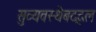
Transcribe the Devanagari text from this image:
सुव्यवस्थेबद्दल